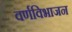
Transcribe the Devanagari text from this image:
वर्णविभाजन